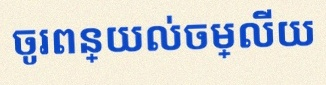
ចូរពន្យល់ចម្លើយ